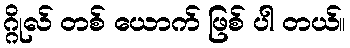
ဂ္ဂိုလ် တစ် ယောက် ဖြစ် ပါ တယ်။